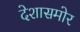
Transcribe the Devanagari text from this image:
देशासमोर